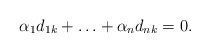
\begin{align*} \alpha_1 d_{1k} + \ldots + \alpha_n d_{nk} = 0.\end{align*}